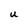
Character: U